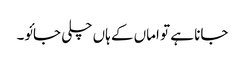
جانا ہے تو اماں کے ہاں چلی جائو۔